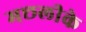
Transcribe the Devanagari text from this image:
मछलीके